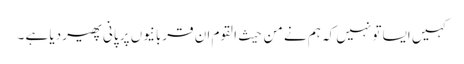
کہیں ایسا تو نہیں کہ ہم نے من حیث القوم ان قربانیوں پر پانی پھیر دیا ہے ۔